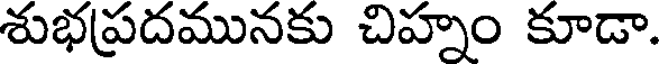
శుభప్రదమునకు చిహ్నం కూడా.